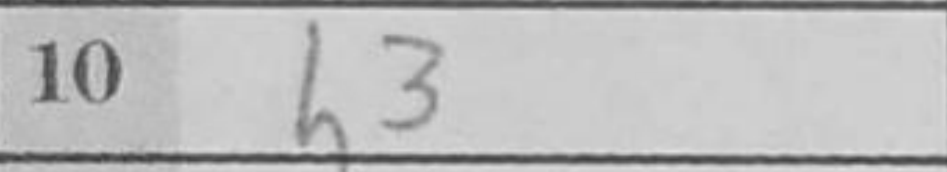
Transcription: h3